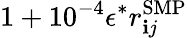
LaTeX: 1+10^{-4}\epsilon^{\ast}r_{\mathbf{i}j}^{\mathrm{{{SMP}}}}